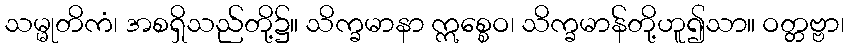
သမ္မုတိကံ၊ အစရှိသည်တို့၌။ သိက္ခမာနာ ဣစ္စေဝ၊ သိက္ခမာန်တို့ဟူ၍သာ။ ဝတ္တဗ္ဗာ၊